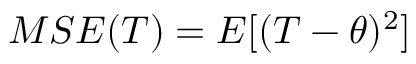
M S E ( T ) = E [ ( T - \theta ) ^ { 2 } ]